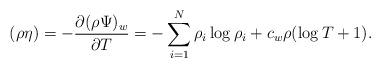
LaTeX: \begin{align*}(\rho \eta) = -\frac{\partial(\rho \Psi)_w}{\partial T} = -\sum_{i=1}^N\rho_i\log\rho_i + c_w\rho(\log T + 1).\end{align*}